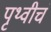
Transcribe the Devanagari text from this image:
पृथ्वीचं